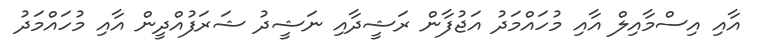
އާއި އިސްމާއިލް އާއި މުހައްމަދު އަޖުފާން ރަޝީދާއި ނަޝީދު ޝަރަފުއްދީން އާއި މުހައްމަދު